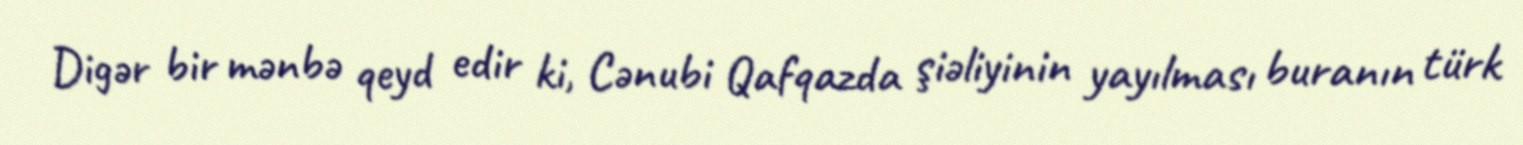
Digər bir mənbə qeyd edir ki, Cənubi Qafqazda şiəliyinin yayılması buranın türk